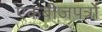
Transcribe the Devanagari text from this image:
एकबीजपत्रों